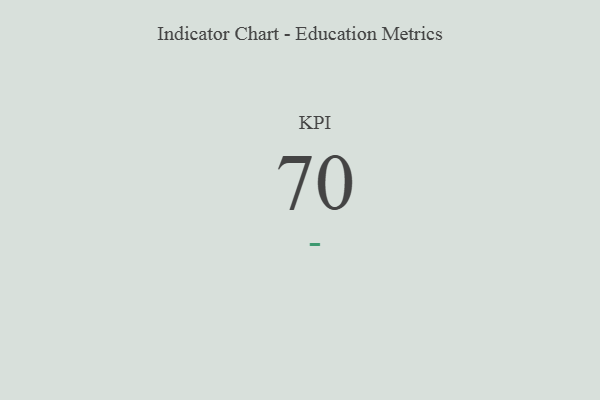
{"axis": {"x": "KPI", "y": "Value"}, "legend": [""], "data": [{"x": "KPI", "y": 70, "type": ""}]}